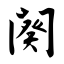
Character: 阕